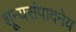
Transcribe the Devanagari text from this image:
शून्यसंपादनेय